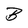
Character: B